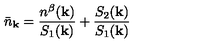
{ \bar { n } } _ { { \bf { k } } } = \frac { n ^ { \beta } ( { \bf { k } } ) } { S _ { 1 } ( { \bf { k } } ) } + \frac { S _ { 2 } ( { \bf { k } } ) } { S _ { 1 } ( { \bf { k } } ) }